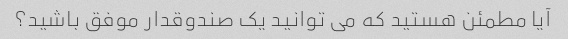
آیا مطمئن هستید که می توانید یک صندوقدار موفق باشید؟